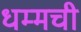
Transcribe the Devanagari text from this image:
धम्मची